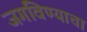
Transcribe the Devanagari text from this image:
जगविण्याचा